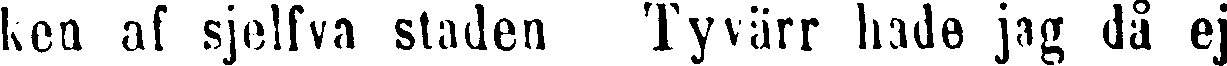
ken af sjelfva staden Tyvärr hade jag då ej